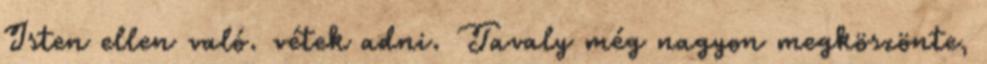
Isten ellen való. vétek adni. Tavaly még nagyon megköszönte,